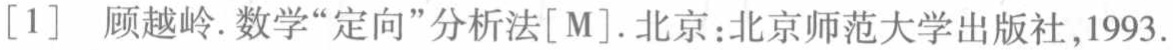
[1] 顾越岭. 数学“定向”分析法[M]. 北京：北京师范大学出版社,1993.